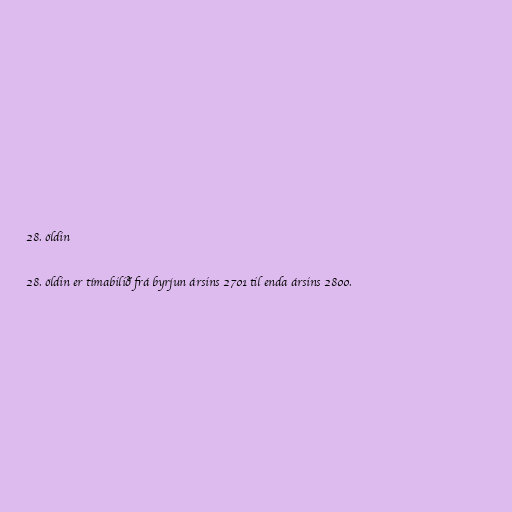
28. öldin

28. öldin er tímabilið frá byrjun ársins 2701 til enda ársins 2800.